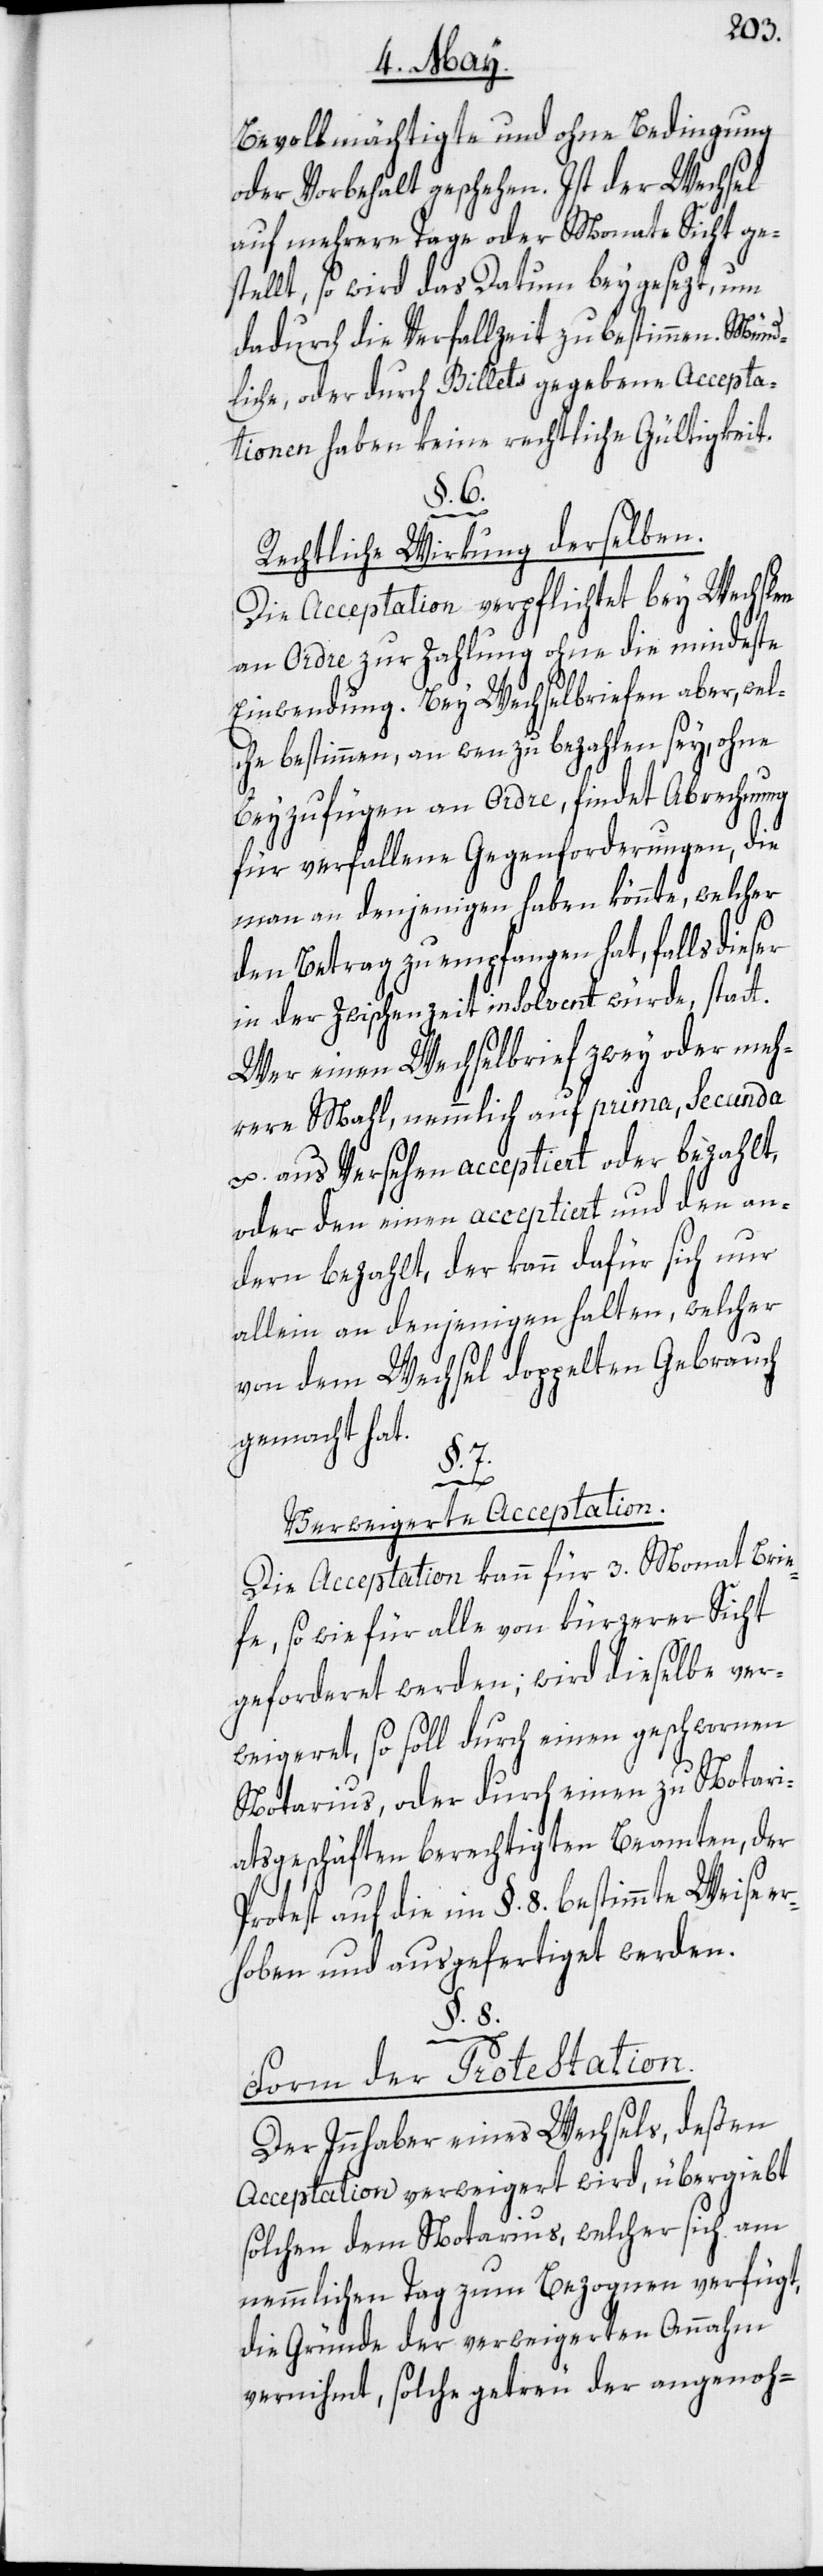
Bevollmächtigte und ohne Bedingung
oder Vorbehalt geschehen. Ist der Wechsel
auf mehrere Tage oder Monate Sicht ge¬
stellt, so wird das Datum beygesezt, um
dadurch die Verfallzeit zu bestimmen. Münd¬
liche, oder durch Billets gegebene Accepta¬
tionen haben keine rechtliche Gültigkeit.
§. 6.
Rechtliche Wirkung derselben.
Die Acceptation verpflichtet bey Wechslen
an Ordre zur Zahlung ohne die mindeste
Einwendung. Bey Wechselbriefen aber, wel¬
che bestimmen, an wen zu bezahlen sey, ohne
beyzufügen an Ordre, findet Abrechnung
für verfallene Gegenforderungen, die
man an denjenigen haben könnte, welcher
den Betrag zu empfangen hat, falls dieser
in der Zwischenzeit insolvent würde, statt.
Wer einen Wechselbrief zwey oder meh¬
rere Mahl, nemmlich auf prima, Secunda
u. aus Versehen acceptiert oder bezahlt,
oder den einen acceptiert und den an¬
dern bezahlt, der kann dafür sich nur
allein an denjenigen halten, welcher
von dem Wechsel doppelten Gebrauch
gemacht hat.
§. 8.
Verweigerte Acceptation.
Die Acceptation kann für 3. Monat Brie¬
fe, so wie für alle von kürzerer Sicht
geforderet werden; wird dieselbe ver¬
weigeret, so soll durch einen geschwornen
Notarius, oder durch einen zu Notari¬
atsgeschäften berechtigten Beamten, der
Protest auf die im §. 8. bestimmte Weise er¬
hoben und ausgefertiget werden.
Form der Protestation.
Der Innhaber eines Wechsels, deßen
Acceptation verweigert wird, übergiebt
solchen dem Notarius, welcher sich am
nemmlichen Tag zum Bezognen verfügt,
die Gründe der verweigerten Annahm
vernihmt, solche getreu der angenoh-